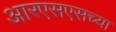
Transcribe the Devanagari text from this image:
आरएसएसच्या